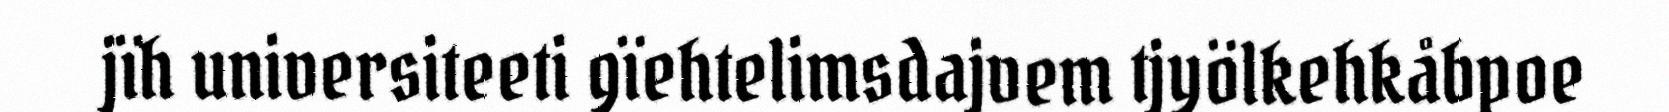
jïh universiteeti gïehtelimsdajvem tjyölkehkåbpoe